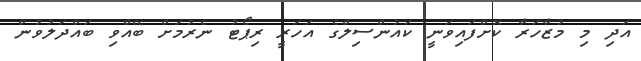
އަދި މި މުޒާހަރާ ކޮށްފައިވަނީ ކައުންސިލްގެ އަހަރީ ރިޕޯޓު ނެރުމަށް ބޭއްވި ބައްދަލުވުން